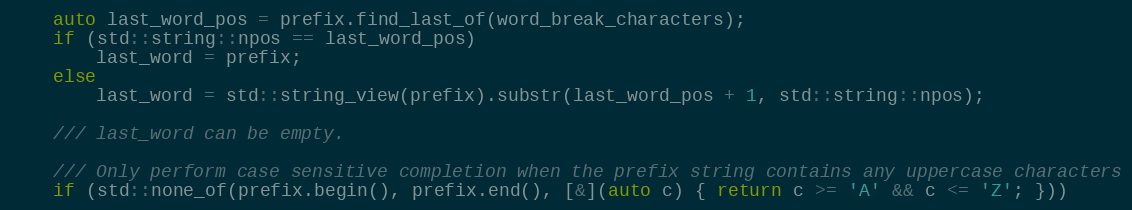
Language: C++
    auto last_word_pos = prefix.find_last_of(word_break_characters);
    if (std::string::npos == last_word_pos)
        last_word = prefix;
    else
        last_word = std::string_view(prefix).substr(last_word_pos + 1, std::string::npos);

    /// last_word can be empty.

    /// Only perform case sensitive completion when the prefix string contains any uppercase characters
    if (std::none_of(prefix.begin(), prefix.end(), [&](auto c) { return c >= 'A' && c <= 'Z'; }))